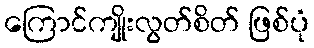
ကြောင်ကျိုးလွတ်စိတ် ဖြစ်ပုံ